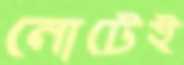
নোটেই